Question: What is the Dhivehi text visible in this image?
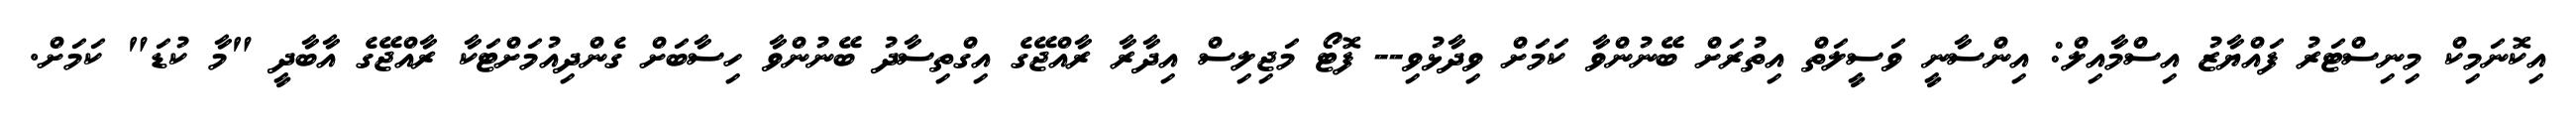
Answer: އިކޮނަމިކް މިނިސްޓަރު ފައްޔާޒު އިސްމާއިލް: އިންސާނީ ވަސީލަތް އިތުރަށް ބޭނުންވާ ކަމަށް ވިދާޅުވި-- ފޮޓޯ މަޖިލިސް އިދާރާ ރާއްޖޭގެ އިގްތިސާދު ބޭނުންވާ ހިސާބަށް ގެންދިއުމަށްޓަކާ ރާއްޖޭގެ އާބާދީ "މާ ކުޑަ" ކަމަށް.